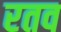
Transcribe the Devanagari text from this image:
रतव